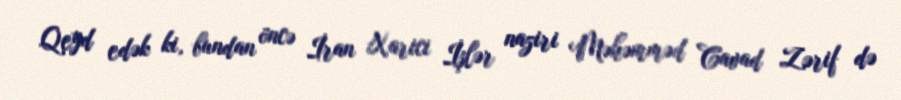
Qeyd edək ki, bundan öncə İran Xarici İşlər naziri Məhəmməd Cavad Zərif də